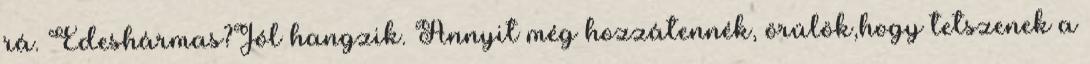
rá. Édeshármas?Jól hangzik. Annyit még hozzátennék, örülök,hogy tetszenek a